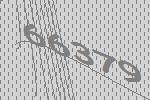
66379